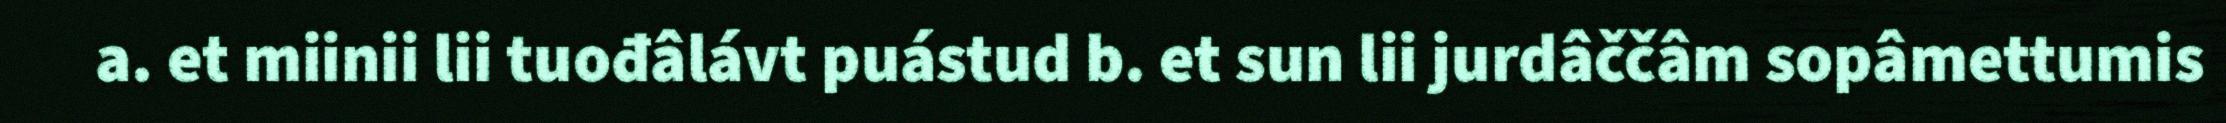
a. et miinii lii tuođâlávt puástud b. et sun lii jurdâččâm sopâmettumis